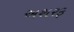
અશરફ